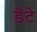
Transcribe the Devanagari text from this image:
डेंटे